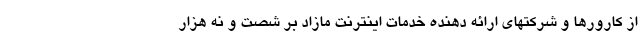
از کارورها و شرکتهای ارائه دهنده خدمات اینترنت مازاد بر شصت و نه هزار